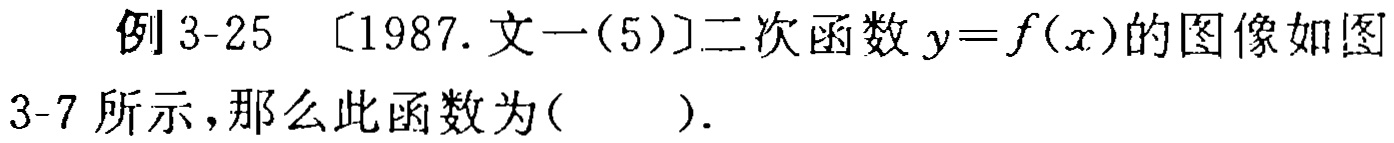
例 3-25 〔1987. 文一(5)〕二次函数 \(y = f(x)\)的图像如图3-7 所示，那么此函数为( )．